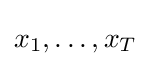
x_{1},\ldots ,x_{T}